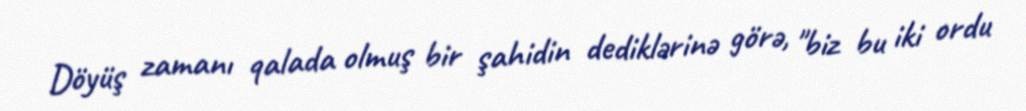
Döyüş zamanı qalada olmuş bir şahidin dediklərinə görə, "biz bu iki ordu